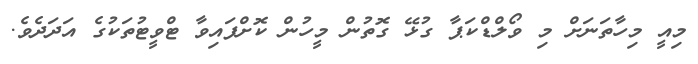
މިއީ މިހާތަނަށް މި ވޯލްޑްކަޕާ ގުޅޭ ގޮތުން މީހުން ކޮށްފައިވާ ޓްވީޓުތަކުގެ އަދަދެވެ.